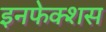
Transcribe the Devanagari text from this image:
इनफेक्शस